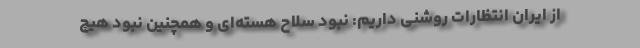
از ایران انتظارات روشنی داریم: نبود سلاح هسته‌ای و همچنین نبود هیچ